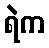
ရဲက